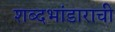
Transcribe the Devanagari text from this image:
शब्दभांडाराची